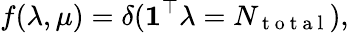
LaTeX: f(\lambda,\mu)=\delta(\mathbf{1}^{\top}\lambda=N_{\mathrm{~t~o~t~a~l~}}),